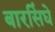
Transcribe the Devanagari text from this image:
बारसिंघे